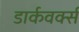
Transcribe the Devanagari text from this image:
डार्कवर्क्स